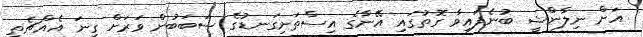
އަށް ނިލާންޝީ ބުނެފައިވާ ގޮތުގައި އޭނާގެ އިސްތަށިގަނޑުގެ ސަބަބުން ވަރަށް ގިނަ އެއްޗެތި